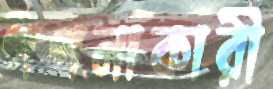
গণনাকারী